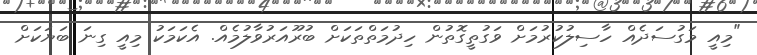
"މިއީ މަގުސަދެއް ހާސިލުކުރުމަށް ވަގުތީގޮތުން ހިދުމަތްތަކަށް ބުރޫއަރުވާލުމެއް. އެކަމަކު މިއީ ގިނަ ބަޔަކަށް